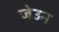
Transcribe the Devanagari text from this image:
जेउन